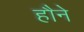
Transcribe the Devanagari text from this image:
हौने